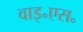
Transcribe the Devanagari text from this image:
वाइ॰एस॰